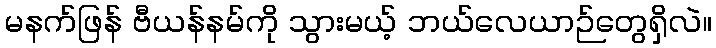
မနက်ဖြန် ဗီယန်နမ်ကို သွားမယ့် ဘယ်လေယာဉ်တွေရှိလဲ။